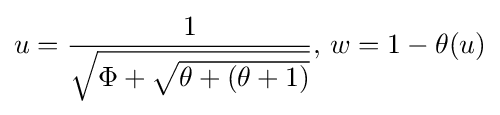
u={\frac {1}{\sqrt {\Phi +{\sqrt {\theta +(\theta +1)}}}}},\,w=1-\theta (u)